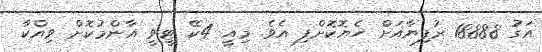
އަގު 18888 ރުފިޔާއަށް ހެޔޮކޮށްފި އެވެ. މިއީ 4ކޭ ޓީވީ އާންމުކޮށް ވިއްކާ